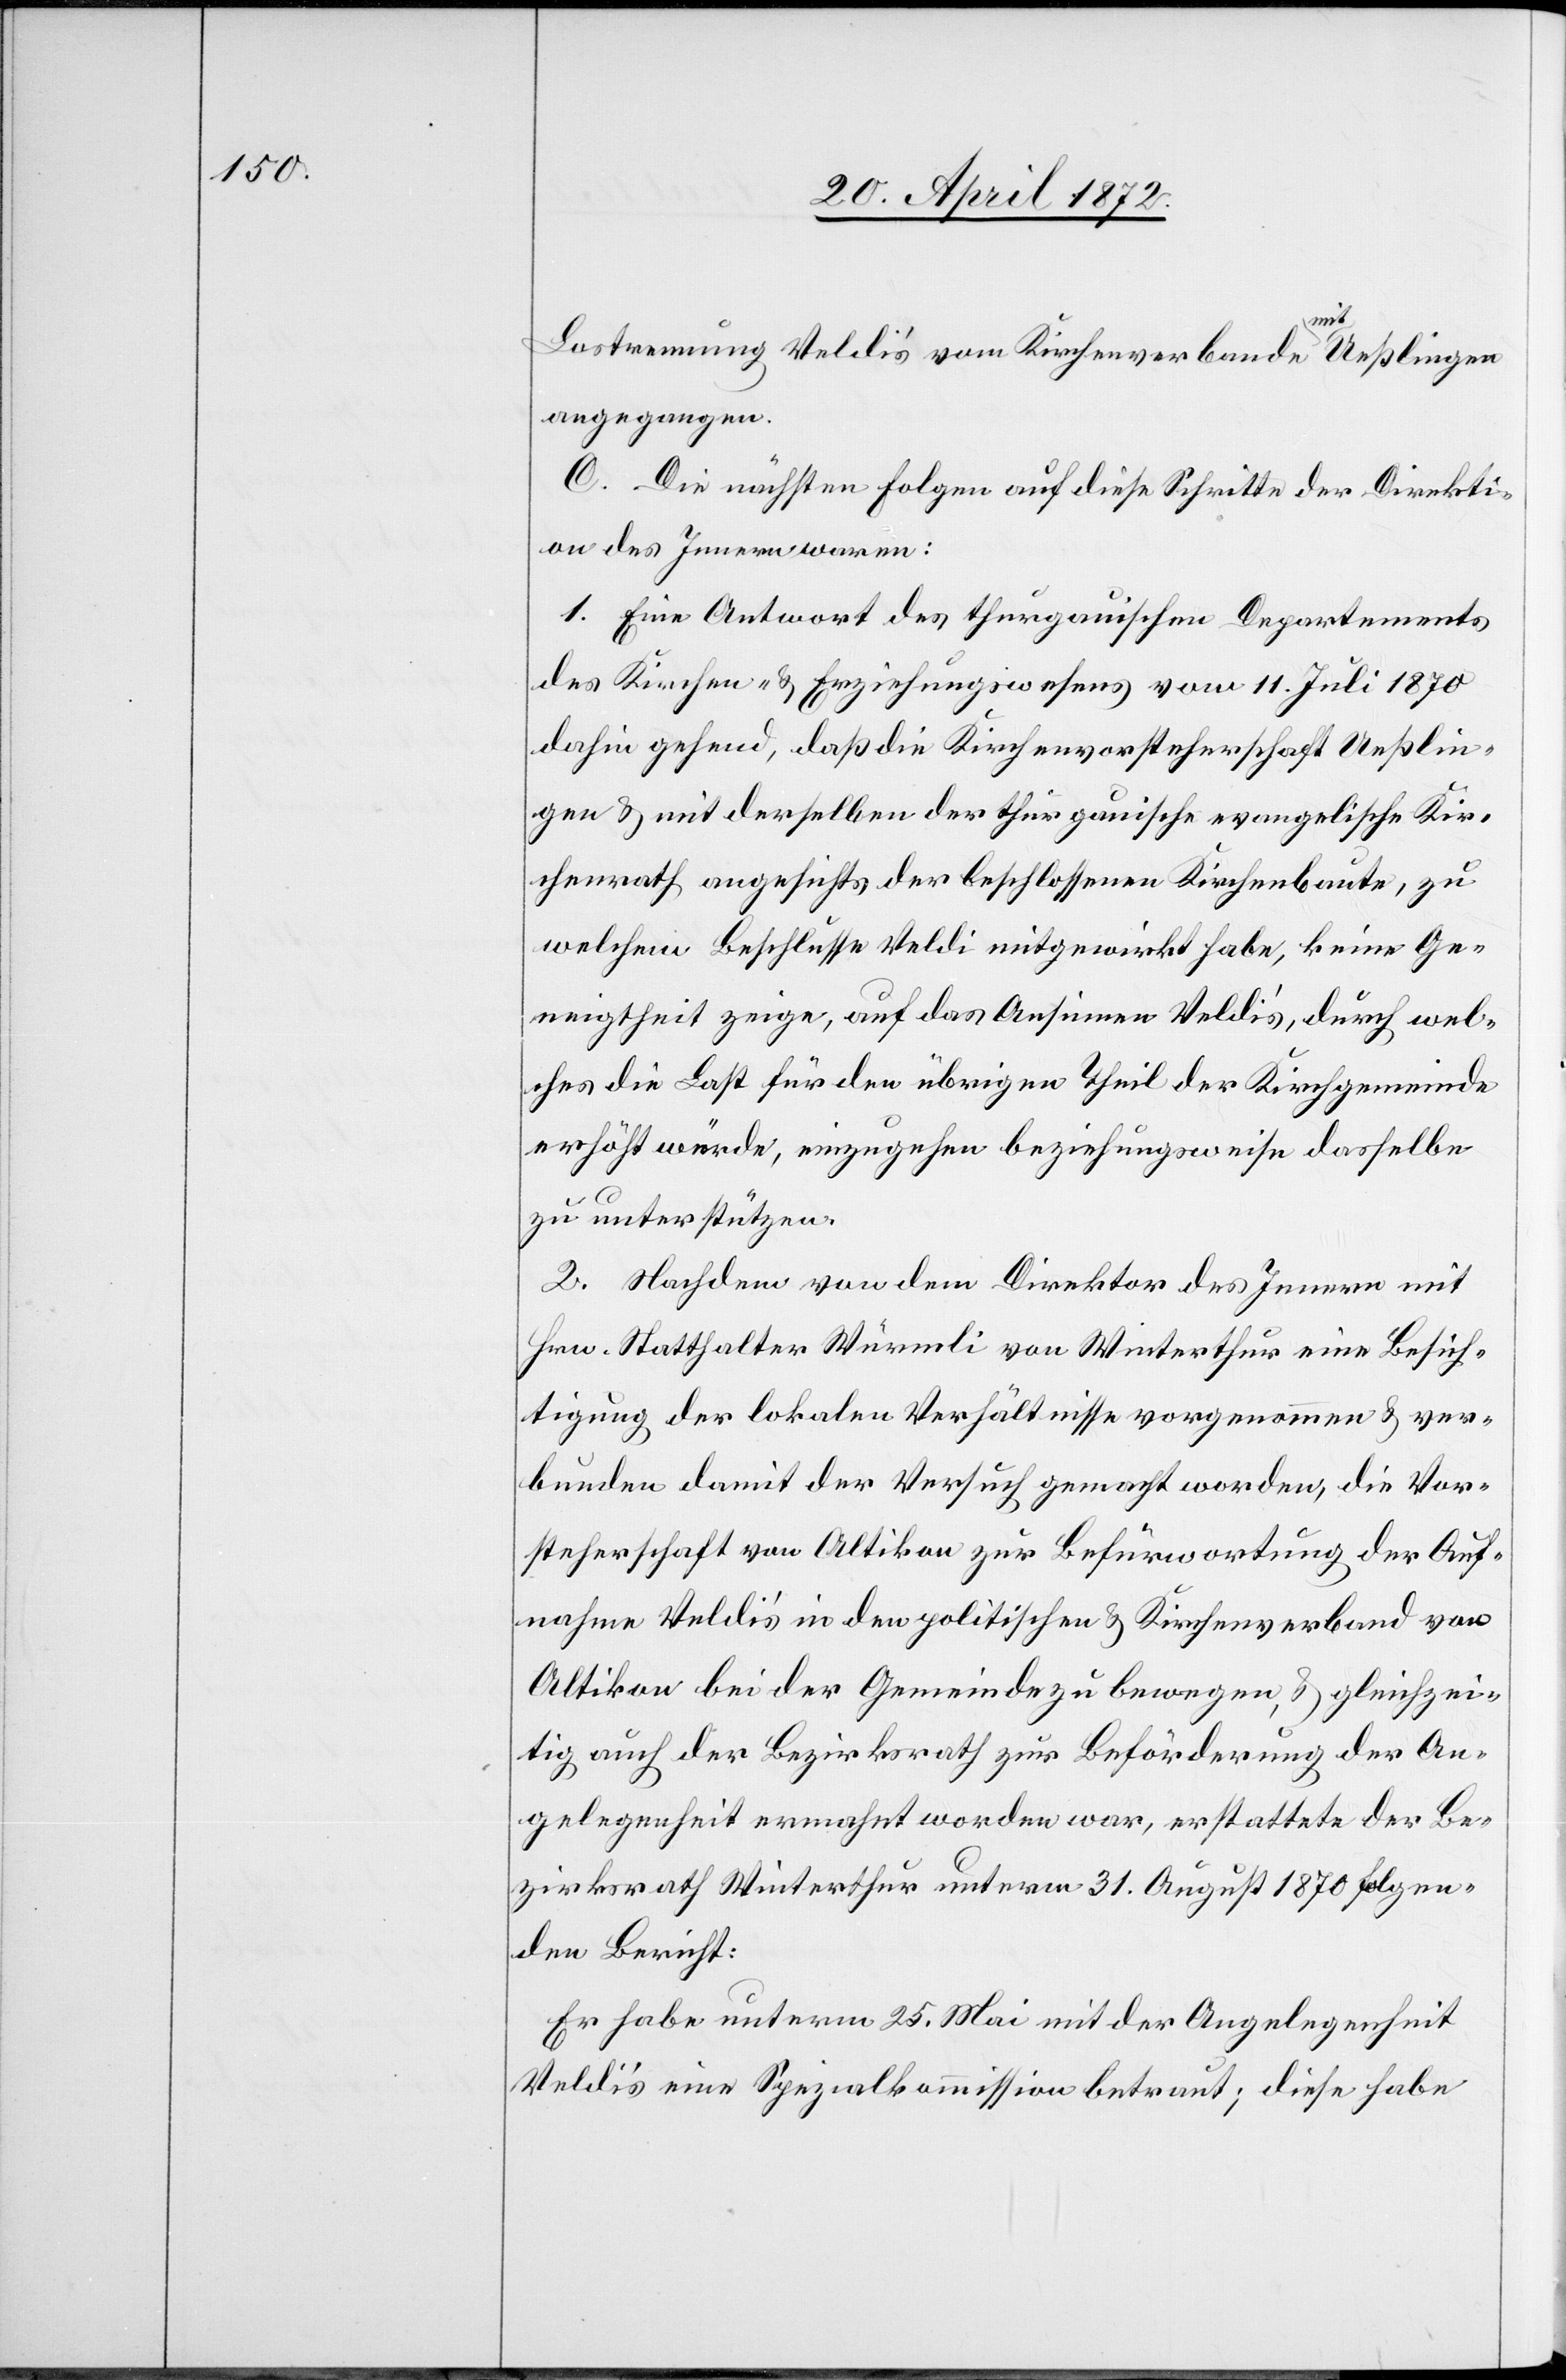
Lostrennung Veldi’s vom Kirchenverbande mit Ueßlingen
angegangen.
C. Die nächsten Folgen auf diese Schritte der Direkti¬
on des Innern waren:
1. Eine Antwort des thurgauischen Departements
des Kirchen- u. Erziehungswesens vom 11. Juli 1870
dahin gehend, daß die Kirchenvorsteherschaft Ueßlin¬
gen u. mit derselben der thurgauische evangelische Kir¬
chenrath angesichts der beschlossenen Kirchenbaute, zu
welchem Beschlusse Veldi mitgewirkt habe, keine Ge¬
neigtheit zeige, auf das Ansinnen Veldi’s, durch wel¬
ches die Last für den übrigen Theil der Kirchgemeinde
erhöht würde, einzugehen beziehungsweise dasselbe
zu unterstützen.
2. Nachdem von dem Direktor des Innern mit
Hrn. Statthalter Würmli von Winterthur eine Besich¬
tigung der lokalen Verhältnisse vorgenommen u. ver¬
bunden damit der Versuch gemacht worden, die Vor¬
steherschaft von Altikon zur Befürwortung der Auf¬
nahme Veldi’s in den politischen u. Kirchenverband von
Altikon bei der Gemeinde zu bewegen, u. gleichzei¬
tig auch der Bezirksrath zur Beförderung der An¬
gelegenheit ermahnt worden war, erstattete der Be¬
zirksrath Winterthur unterm 31. August 1870 folgen¬
den Bericht:
Er habe unterm 25. Mai mit der Angelegenheit
Veldi’s eine Spezialkommission betraut; diese habe